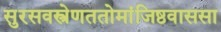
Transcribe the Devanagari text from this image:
सुरसवस्त्रेणततोमांजिष्ठवाससा